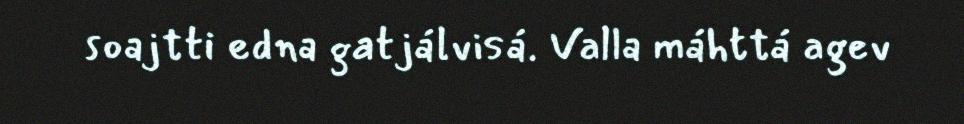
soajtti edna gatjálvisá. Valla máhttá agev